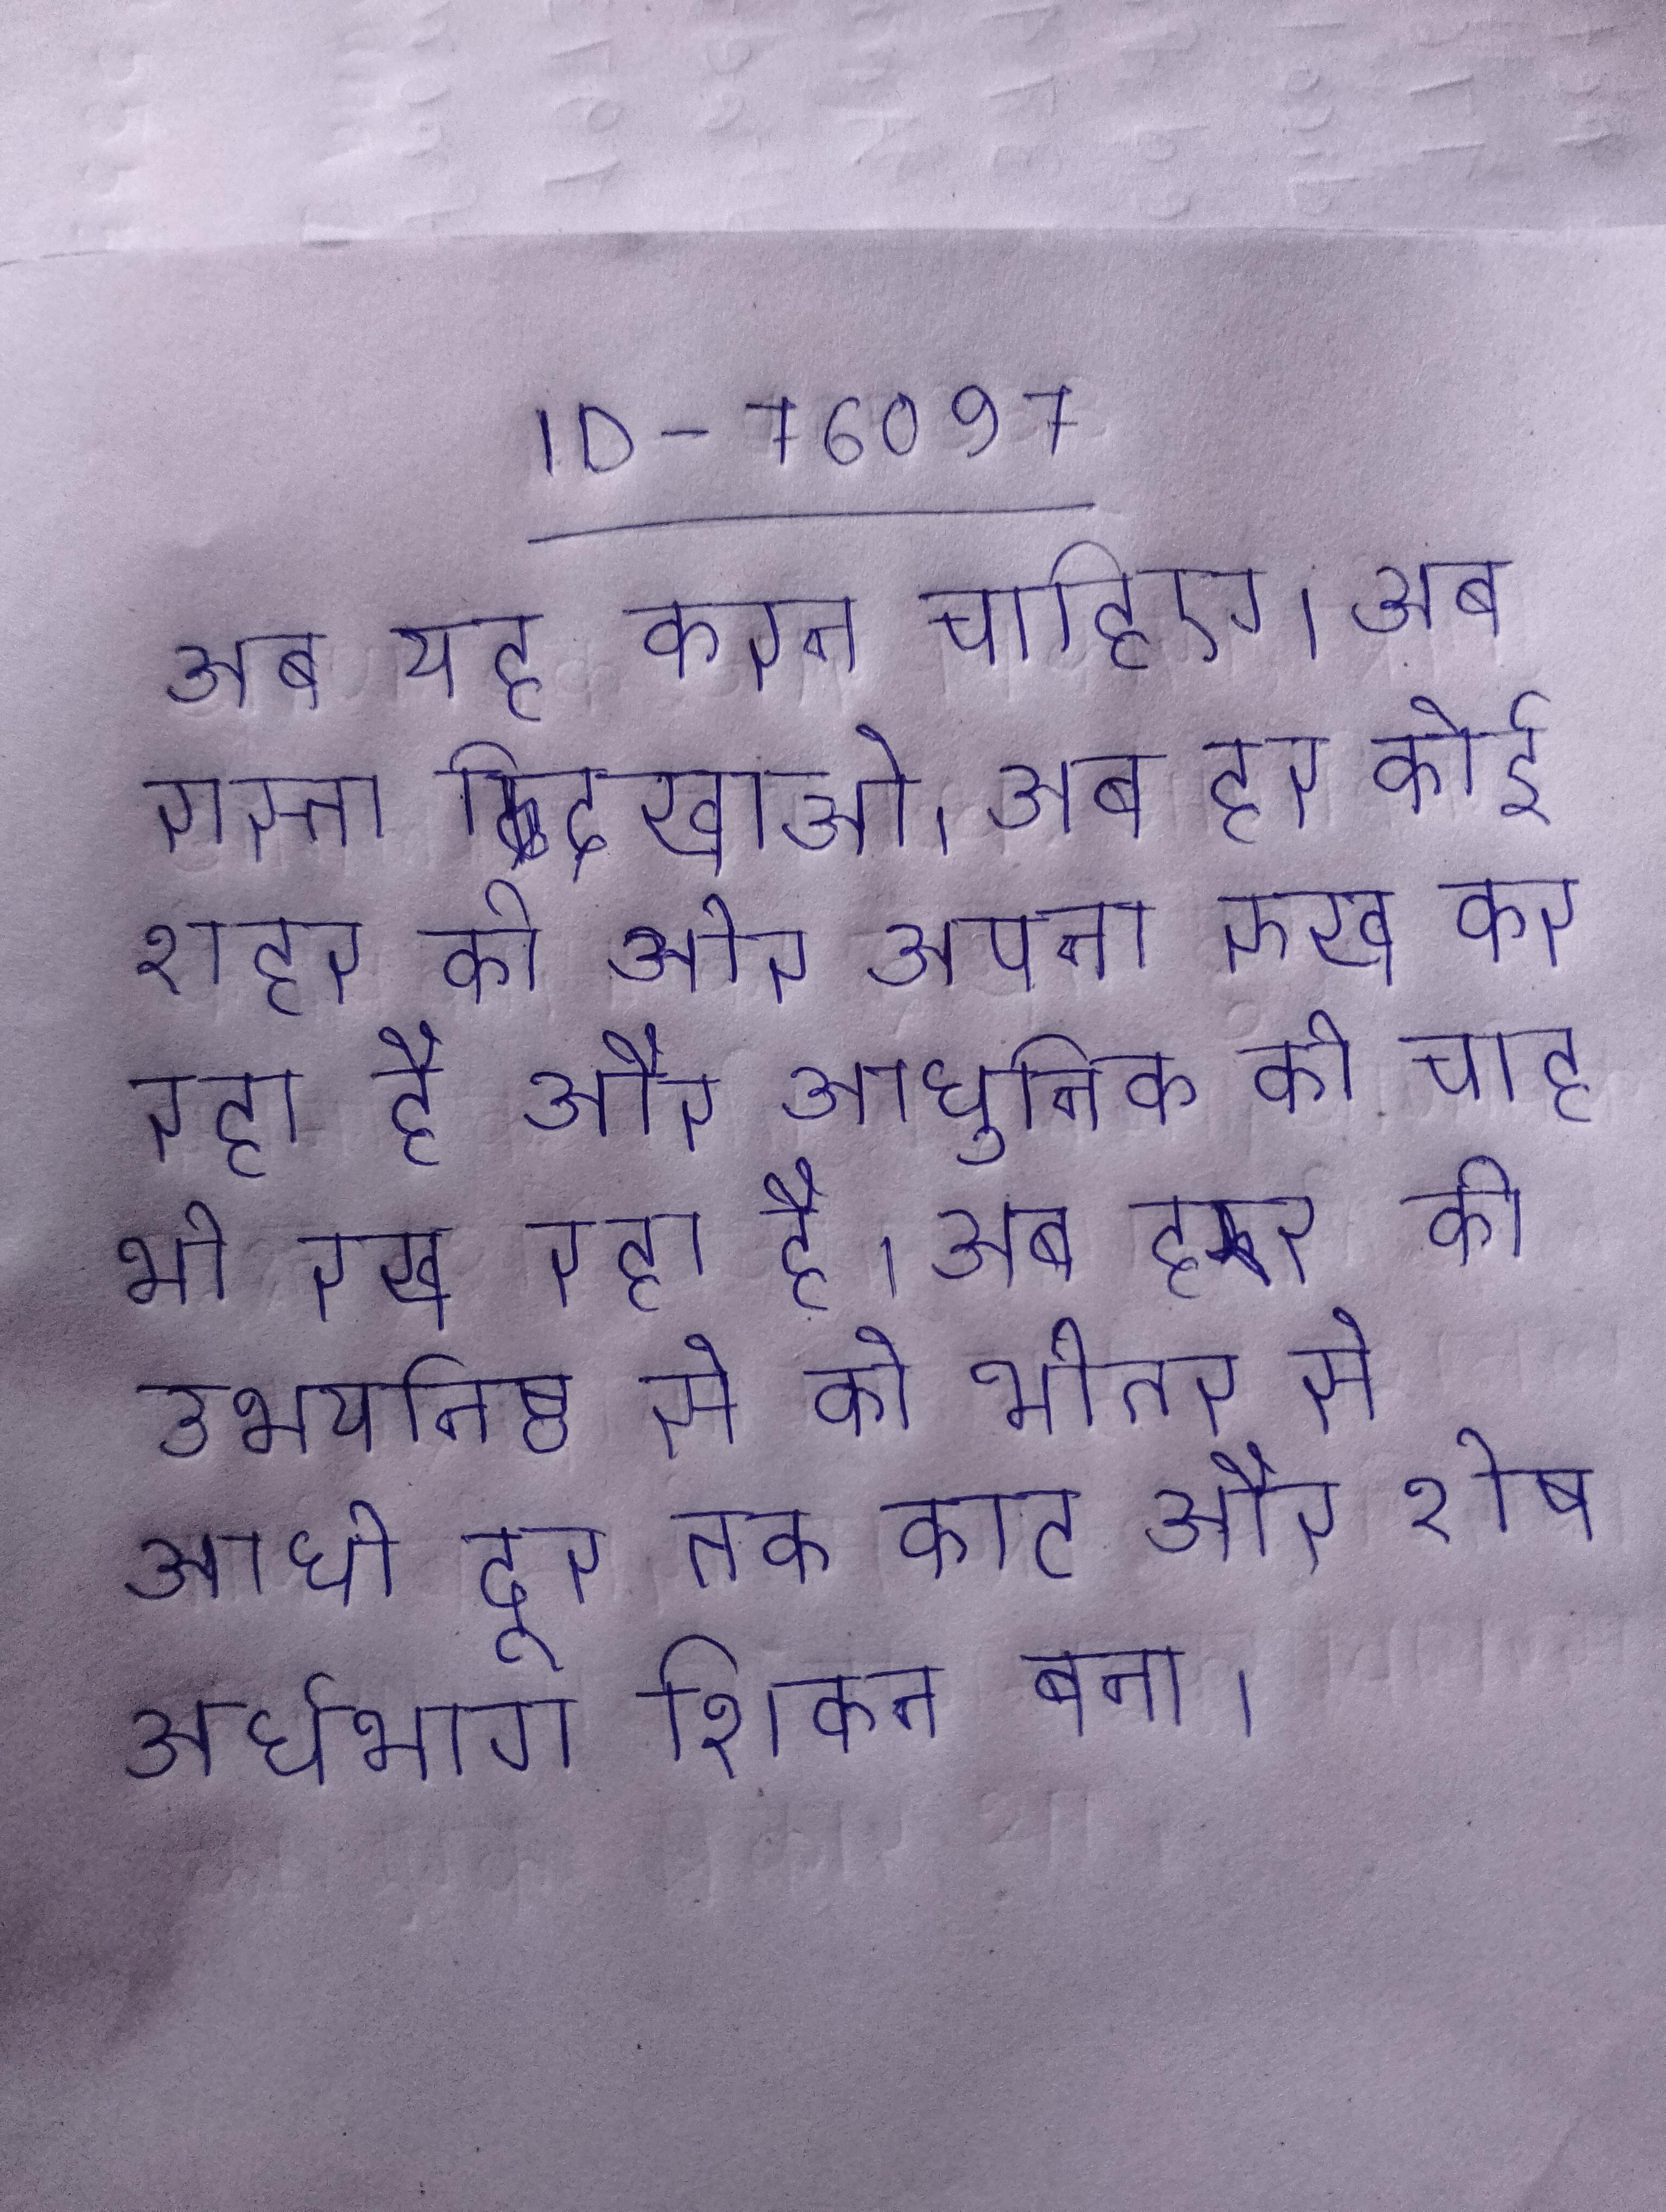
अब यह करना चाहिए । अब रास्ता दिखाओ । अब हर कोई शहर की ओर अपना रुख कर रहा है और आधुनिक की चाह भी रख रहा है । अब हर की उभयनिष्ठ से को भीतर से आधी दूर तक काट और शेष अर्धभाग शिकन बना ।